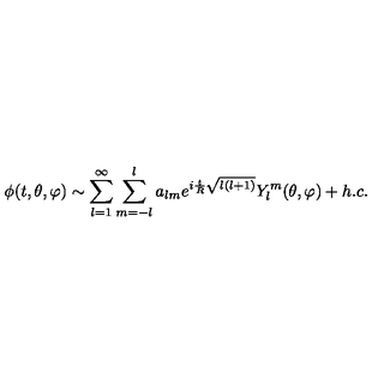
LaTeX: \phi ( t , \theta , \varphi ) \sim \sum _ { l = 1 } ^ { \infty } \sum _ { m = - l } ^ { l } a _ { l m } e ^ { i \frac { t } { R } \sqrt { l ( l + 1 ) } } Y _ { l } ^ { m } ( \theta , \varphi ) + h . c .